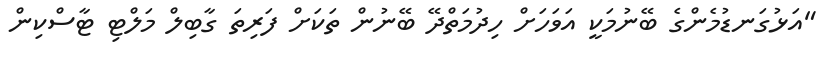
"އަޅުގަނޑުމެންގެ ބޭނުމަކީ އަވަހަށް ހިދުމަތްދޭ ބޭނުން ތަކަށް ފަރިތަ ގާބިލް މަލްޓި ޓާސްކިން